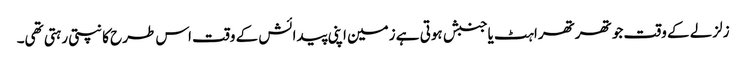
زلزلے کے وقت جو تھرتھراہٹ یاجنبش ہوتی ہے زمین اپنی پیدائش کے وقت اس طرح کانپتی رہتی تھی۔